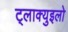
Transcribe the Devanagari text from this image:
ट्लाक्युइलो